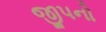
જીપનો